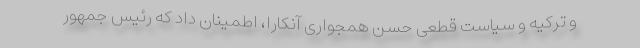
و ترکیه و سیاست قطعی حسن همجواری آنکارا، اطمینان داد که رئیس جمهور